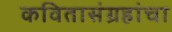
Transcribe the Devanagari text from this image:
कवितासंग्रहांचा